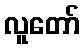
လူတော်